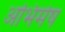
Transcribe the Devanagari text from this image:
अभिमेष